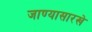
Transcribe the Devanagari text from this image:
जाण्यासारखे